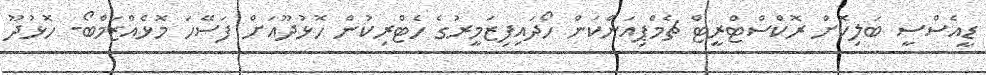
ޑީއެސްސީ ބަލިކޮށް ރޮކްސްޓްރީޓް ޗެމްޕިއަންކަން ހޯދައިފިޒަމީރުގެ ހެޓްރިކުން ހޮޅުދޫއަށް ފަސޭހަ މޮޅެއްޒަމްބޯ- ހޮޅުދޫ